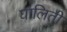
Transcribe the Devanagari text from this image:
घालिती